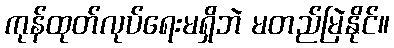
ကုန်ထုတ်လုပ်ရေးမရှိဘဲ မတည်မြဲနိုင်။